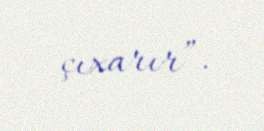
çıxarır”.